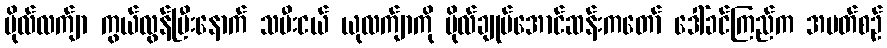
ဗိုလ်လက်ျာ ကွယ်လွန်ပြီးနောက် သမီးငယ် ယုလက်ျာကို ဗိုလ်ချုပ်အောင်ဆန်းကတော် ဒေါ်ခင်ကြည်က အပတ်စဉ်